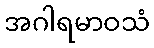
အဂါရမာဝသံ